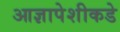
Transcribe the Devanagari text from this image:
आज्ञापेशीकडे